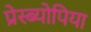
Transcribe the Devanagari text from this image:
प्रेस्ब्योपिया